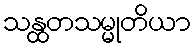
သန္ထတသမ္မုတိယာ